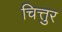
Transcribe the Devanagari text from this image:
चित्तुर